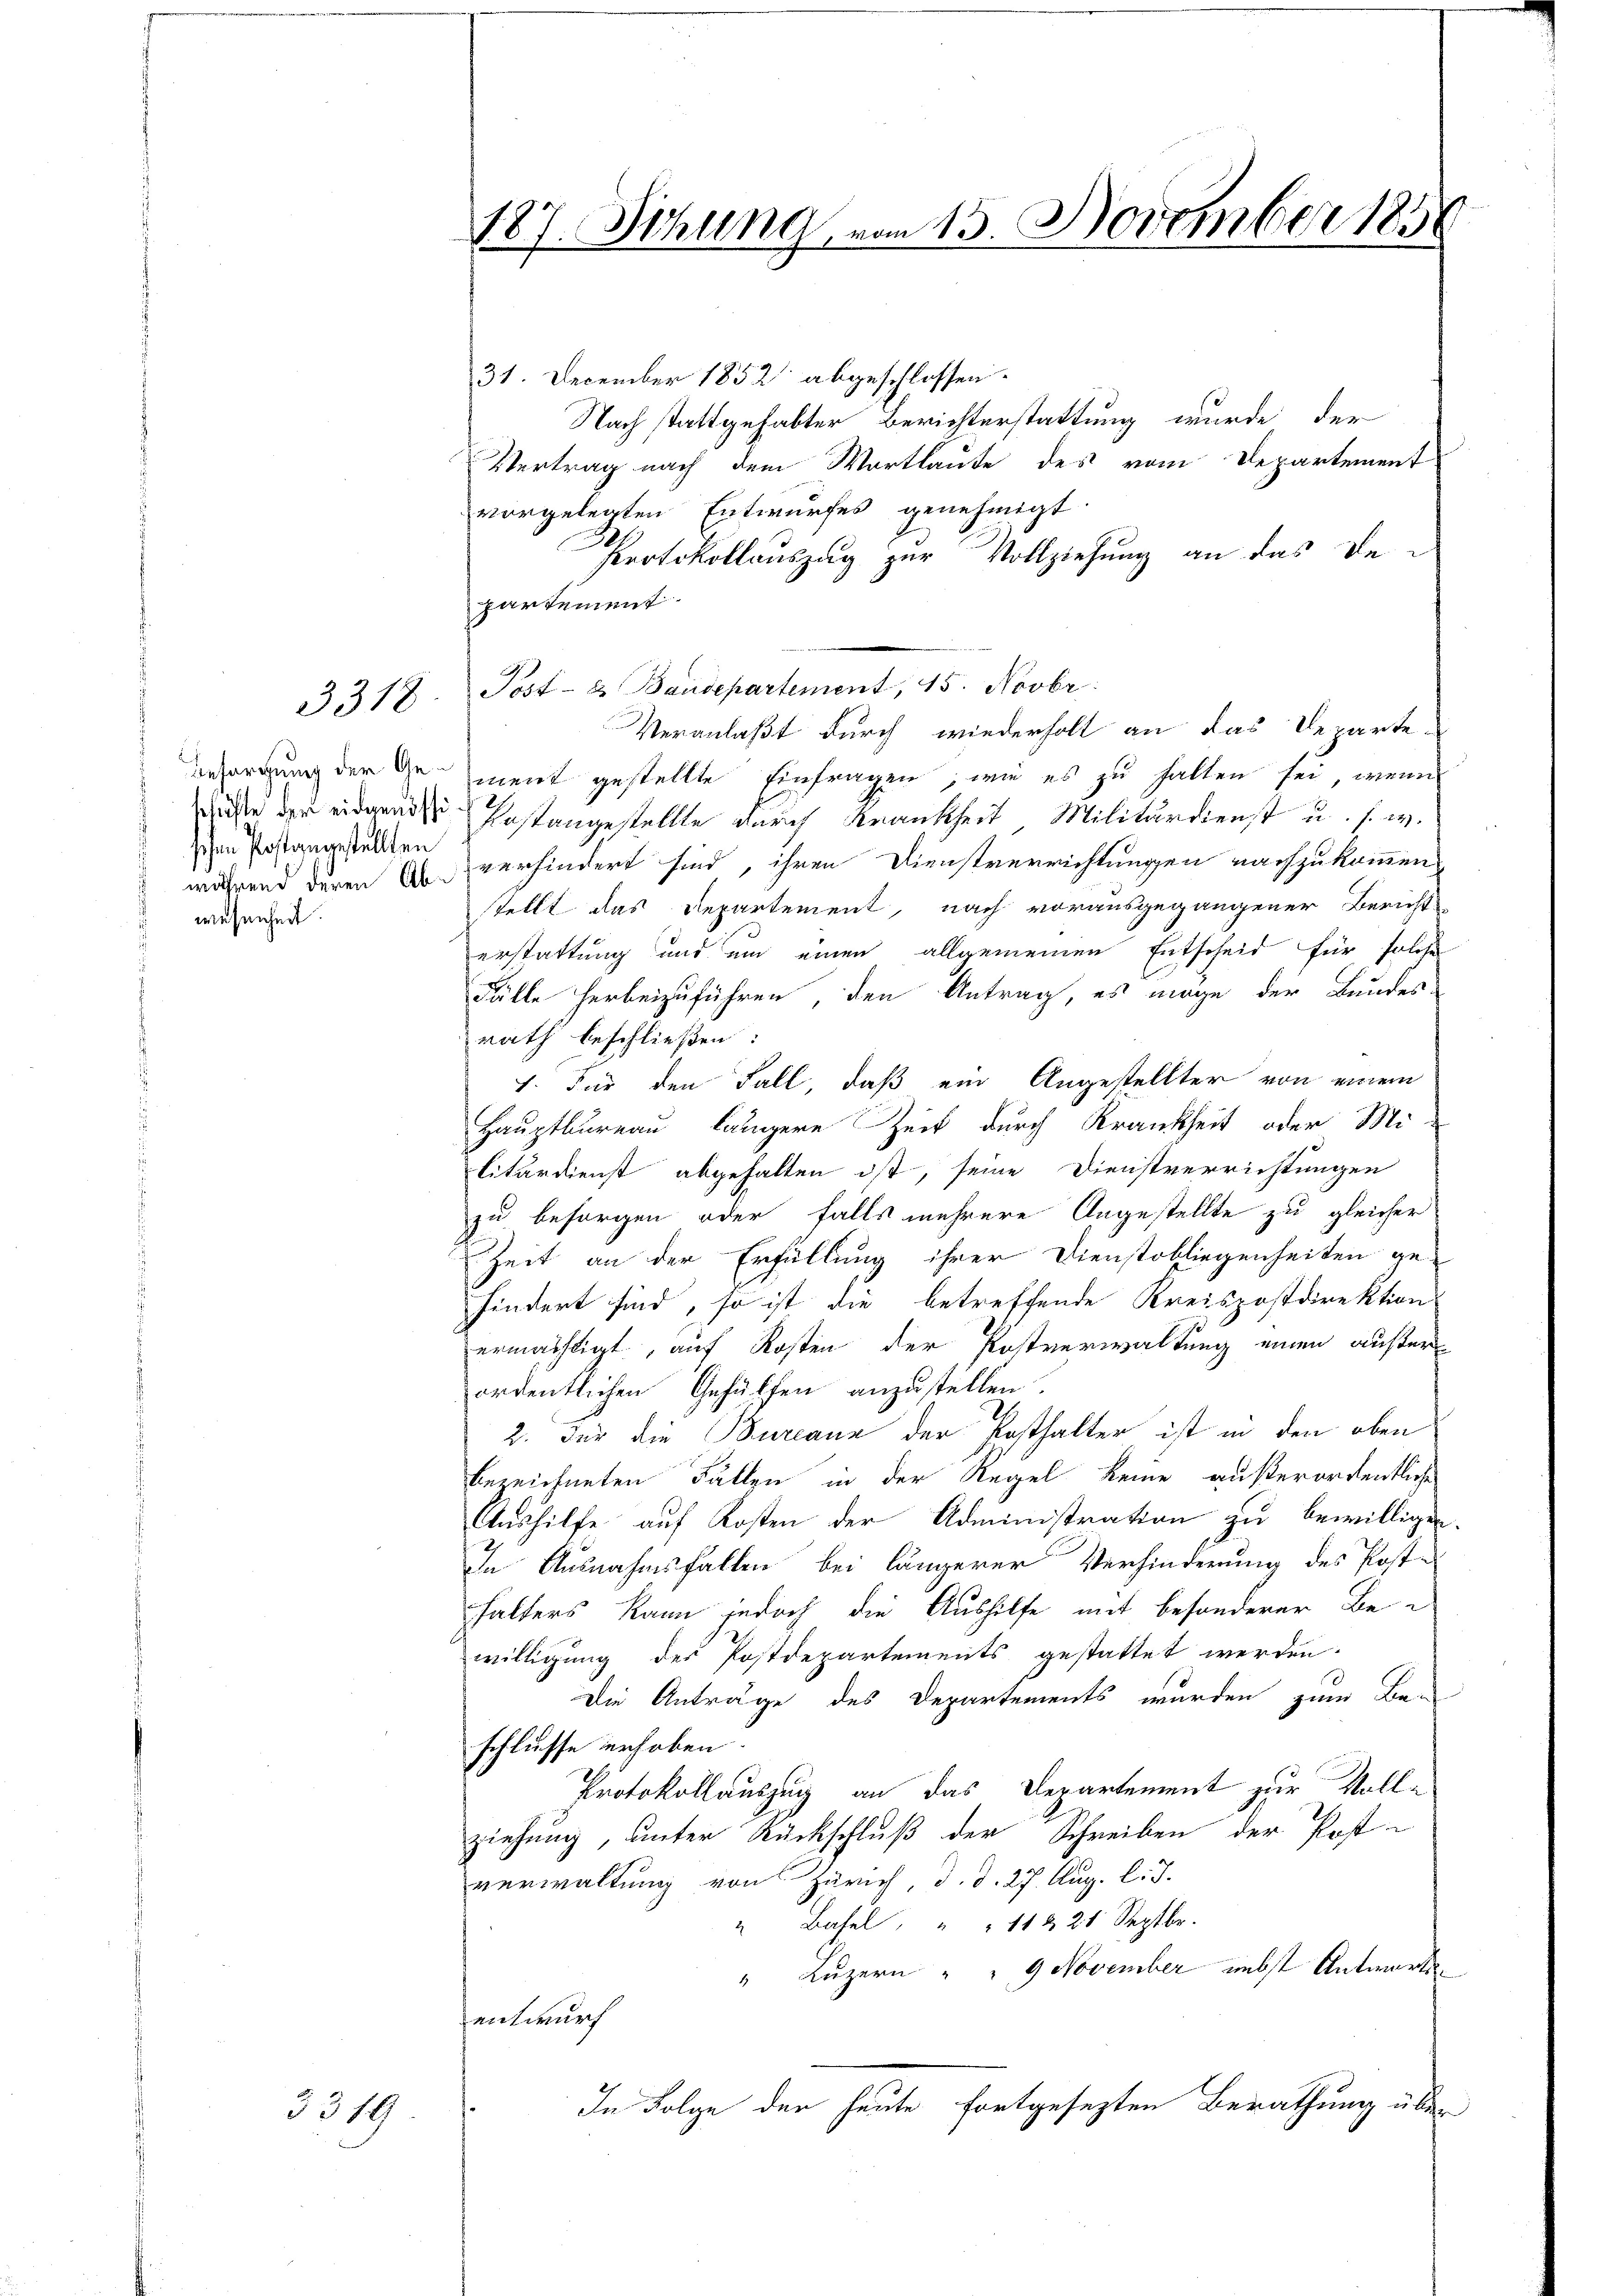
schen Postangestellten
wesenheit.

3318

3319

187. Sitzung vom 13. November 1858

31. December 1852 abgeschlossen.
Nach stattgehabter Berichterstattung wurde der
Vertrag nach dem Wortlaute des vom Departement
vorgelegten Entwurfes genehmigt.
Protokollauszug zur Vollziehung an das Departement.
Post- & Baudepartement, 15. Novbr.
Veranlaßt durch wiederholt an das Departe-
ursorgung der in ment gestellte Einfragen, wie es zu halten sei, wenn
Mächte zu eidende Postangestellte durch Krankheit Militärdienst u. s. w.
während deren verhindert sind, ihren Dienstverrichtungen nachzukommen.
stellt das Departement, nach vorausgegangener Bericht
erstattung und um einen allgemeinen Entscheid für solche
Fälle herbeizuführen, den Antrag, es möge der Bundes-
rath beschließen:
1. Für den Fall, daß ein Angestellter von einem
Hauptbureau längere Zeit durch Krankheit oder Mi-
litärdienst abgehalten ist, seine Dienstverrichtungen
zu besorgen oder falls mehrere Angestellte zu gleicher
Zeit an der Erfüllung ihrer Dienstobliegenheiten ge-
hindert sind, so ist die betreffende Kreispostdirektion
ermächtigt, auf Kosten der Postverwaltung einen außer
ordentlichen Gehülfen anzustellen.
2. Für die Burcanz der Posthalter ist in den oben
bezeichneten Fällen in der Regel keine außerordentliche
Aushilfe auf Kosten der Administration zu bewilligen.
In Ausnahmsfallen bei längerer Verhinderung des Poste
halters kann jedoch die Aushilfe mit besonderer Be-
willigung des Postdepartements gestattet werden.
Die Anträge des Departements wurden zum Be-
schlüsse erhoben.
Protokollauszug an das Departement zur Vollziehung, unter Rückschluß der Schreiben der Post-
verwaltung von Zürich, d. d. 27. Aug. l. J.
Basel, " " 11 & 21 Septbr.
" Luzern " " 9 November nebst Antwortse
antwurch
In Folge der heute fortgesezten Berathung über